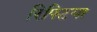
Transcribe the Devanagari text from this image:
रिफ्टिया